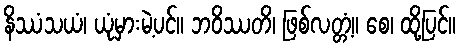
နိဿံသယံ၊ ယုံမှားမဲ့ပင်။ ဘဝိဿတိ၊ ဖြစ်လတ္တံ့။ စေ၊ ထို့ပြင်။